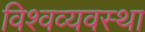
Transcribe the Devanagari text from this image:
विश्वव्यवस्था